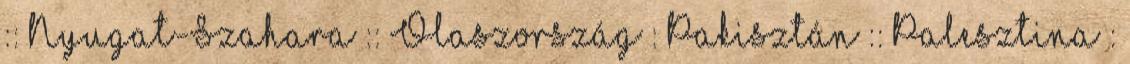
:: Nyugat-Szahara :: Olaszország : Pakisztán :: Palesztina :